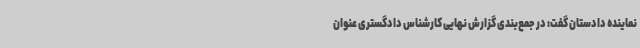
نماینده دادستان گفت: در جمع‌بندی گزارش نهایی کارشناس دادگستری عنوان